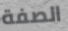
الصفة